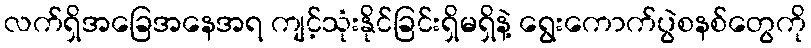
လက်ရှိအခြေအနေအရ ကျင့်သုံးနိုင်ခြင်းရှိမရှိနဲ့ ရွေးကောက်ပွဲစနစ်တွေကို